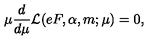
\mu \frac { d } { d \mu } { \cal L } ( e F , \alpha , m ; \mu ) = 0 ,